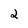
Character: 2